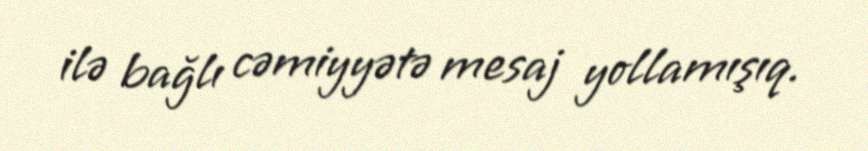
ilə bağlı cəmiyyətə mesaj yollamışıq.